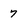
Character: 7